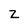
Character: z